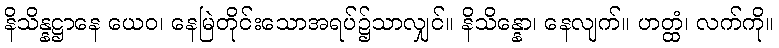
နိသိန္နဋ္ဌာနေ ယေဝ၊ နေမြဲတိုင်းသောအရပ်၌သာလျှင်။ နိသိန္နော၊ နေလျက်။ ဟတ္ထံ၊ လက်ကို။